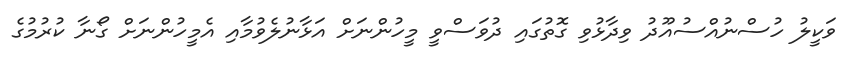
ވަކީލު ހުސްނުއްސުއޫދު ވިދާޅުވި ގޮތުގައި ދުވަސްވީ މީހުންނަށް އަޅާނުލެވުމާއި އެމީހުންނަށް ގޯނާ ކުރުމުގެ